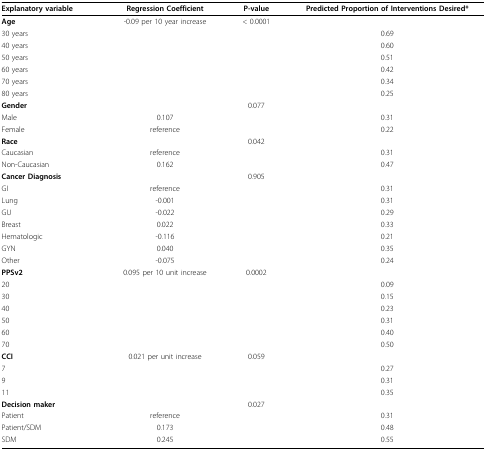
<table><thead><tr><td><b>Explanatory variable</b></td><td><b>Regression Coefficient</b></td><td><b>P-value</b></td><td><b>Predicted Proportion of Interventions Desired*</b></td></tr></thead><tbody><tr><td><b>Age</b></td><td>-0.09 per 10 year increase</td><td>&lt; 0.0001</td><td></td></tr><tr><td>30 years</td><td></td><td></td><td>0.69</td></tr><tr><td>40 years</td><td></td><td></td><td>0.60</td></tr><tr><td>50 years</td><td></td><td></td><td>0.51</td></tr><tr><td>60 years</td><td></td><td></td><td>0.42</td></tr><tr><td>70 years</td><td></td><td></td><td>0.34</td></tr><tr><td>80 years</td><td></td><td></td><td>0.25</td></tr><tr><td><b>Gender</b></td><td></td><td>0.077</td><td></td></tr><tr><td>Male</td><td>0.107</td><td></td><td>0.31</td></tr><tr><td>Female</td><td>reference</td><td></td><td>0.22</td></tr><tr><td><b>Race</b></td><td></td><td>0.042</td><td></td></tr><tr><td>Caucasian</td><td>reference</td><td></td><td>0.31</td></tr><tr><td>Non-Caucasian</td><td>0.162</td><td></td><td>0.47</td></tr><tr><td><b>Cancer Diagnosis</b></td><td></td><td>0.905</td><td></td></tr><tr><td>GI</td><td>reference</td><td></td><td>0.31</td></tr><tr><td>Lung</td><td>-0.001</td><td></td><td>0.31</td></tr><tr><td>GU</td><td>-0.022</td><td></td><td>0.29</td></tr><tr><td>Breast</td><td>0.022</td><td></td><td>0.33</td></tr><tr><td>Hematologic</td><td>-0.116</td><td></td><td>0.21</td></tr><tr><td>GYN</td><td>0.040</td><td></td><td>0.35</td></tr><tr><td>Other</td><td>-0.075</td><td></td><td>0.24</td></tr><tr><td><b>PPSv2</b></td><td>0.095 per 10 unit increase</td><td>0.0002</td><td></td></tr><tr><td>20</td><td></td><td></td><td>0.09</td></tr><tr><td>30</td><td></td><td></td><td>0.15</td></tr><tr><td>40</td><td></td><td></td><td>0.23</td></tr><tr><td>50</td><td></td><td></td><td>0.31</td></tr><tr><td>60</td><td></td><td></td><td>0.40</td></tr><tr><td>70</td><td></td><td></td><td>0.50</td></tr><tr><td><b>CCI</b></td><td>0.021 per unit increase</td><td>0.059</td><td></td></tr><tr><td>7</td><td></td><td></td><td>0.27</td></tr><tr><td>9</td><td></td><td></td><td>0.31</td></tr><tr><td>11</td><td></td><td></td><td>0.35</td></tr><tr><td><b>Decision maker</b></td><td></td><td>0.027</td><td></td></tr><tr><td>Patient</td><td>reference</td><td></td><td>0.31</td></tr><tr><td>Patient/SDM</td><td>0.173</td><td></td><td>0.48</td></tr><tr><td>SDM</td><td>0.245</td><td></td><td>0.55</td></tr></tbody></table>